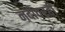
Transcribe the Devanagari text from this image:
नदीवरही